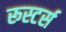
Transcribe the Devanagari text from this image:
रूस्टर्स